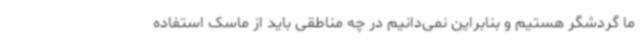
ما گردشگر هستیم و بنابراین نمی‌دانیم در چه مناطقی باید از ماسک استفاده